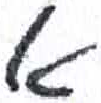
אות: א